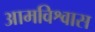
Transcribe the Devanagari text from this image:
आमविश्वास